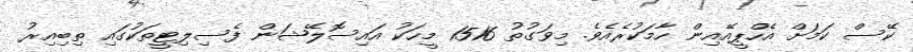
ކޭސް ކަމަށް އެހްޕީއޭއިން ހާމަކުރެއެވެ. މިވަގުތު 1516 މީހަކު އައިސޮލޭޝަން ފެސިލިޓީތަކުގައި ތިބިއިރު